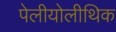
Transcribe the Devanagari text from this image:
पेलीयोलीथिक